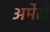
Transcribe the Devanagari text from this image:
अर्मेरो